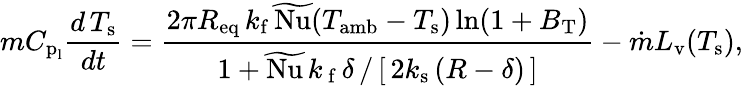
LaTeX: mC_{\textup{p}_{\textup{l}}}\frac{d\, T_{\textup{s}}}{dt}=\frac{2\pi R_{\mathrm{eq}}\, k_{\mathrm{f}}\, \widetilde{\textup{Nu}}(T_{\textup{amb}}-T_{\textup{s}})\ln(1+B_{\mathrm{T}})}{{1+\widetilde{\textup{Nu}}\, k_{\mathrm{\, f}}\, \delta\, /\, [\, 2k_{\mathrm{s}}\, (R-\delta)\, ]}}-\dot{m}L_{\textup{v}}(T_{\textup{s}}),